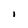
Character: I